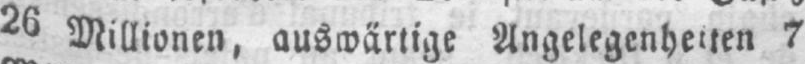
26 Millionen, auswärtige Angelegenheiten 7